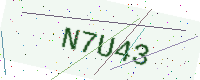
Text: N7U43